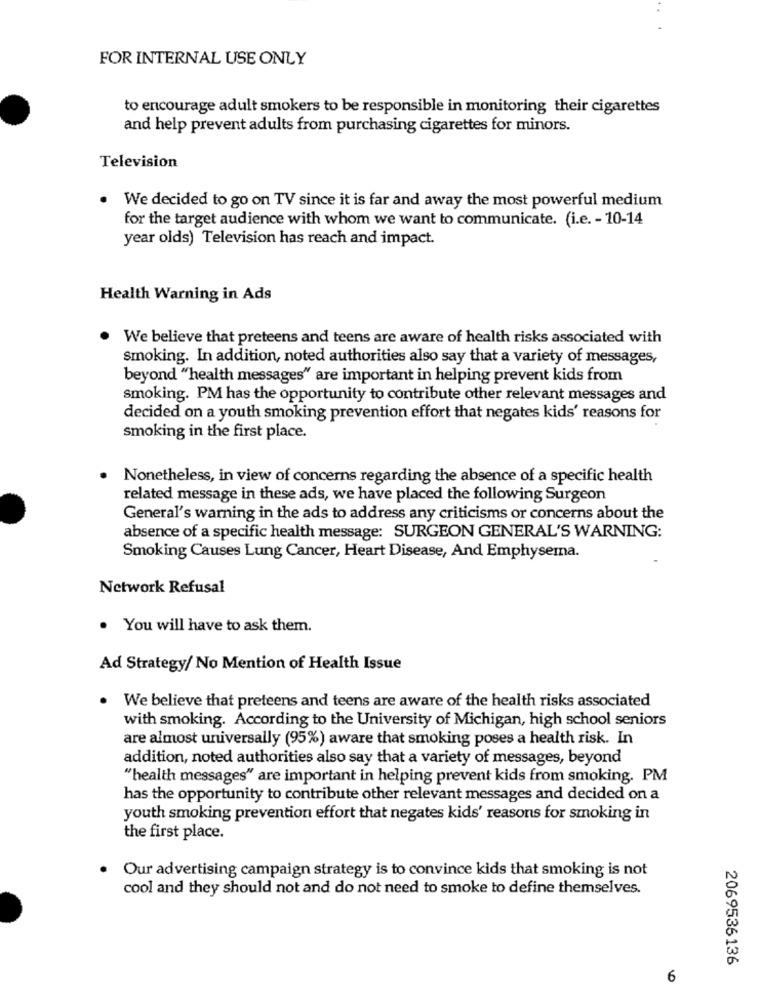
FOR INTERNAL USE ONLY
to encourage adult smokers to be responsible in monitoring their cigarettes
and help prevent adults from purchasing cigarettes for minors.
Television
We decided to go on TV since it is far and away the most powerful medium
for the target audience with whom we want to communicate. (i.e. - 10-14
year olds) Television has reach and impact.
Health Warning in Ads
We believe that preteens and teens are aware of health risks associated with
smoking. In addition, noted authorities also say that a variety of messages,
beyond "health messages" are important in helping prevent kids from
smoking. PM has the opportunity to contribute other relevant messages and
decided on a youth smoking prevention effort that negates kids' reasons for
smoking in the first place.
Nonetheless, in view of concerns regarding the absence of a specific health
related message in these ads, we have placed the following Surgeon
General's warning in the ads to address any criticisms or concerns about the
absence of a specific health message: SURGEON GENERAL'S WARNING:
Smoking Causes Lung Cancer, Heart Disease, And Emphysema.
Network Refusal
. You will have to ask them.
Ad Strategy/ No Mention of Health Issue
. We believe that preteens and teens are aware of the health risks associated
with smoking. According to the University of Michigan, high school seniors
are almost universally (95%) aware that smoking poses a health risk. In
addition, noted authorities also say that a variety of messages, beyond
"health messages" are important in helping prevent kids from smoking. PM
has the opportunity to contribute other relevant messages and decided on a
youth smoking prevention effort that negates kids' reasons for smoking in
the first place.
. Our advertising campaign strategy is to convince kids that smoking is not
cool and they should not and do not need to smoke to define themselves.
2069536136
6